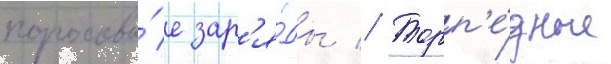
пороховы́е зар'я́ды // Торп'е́дные